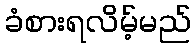
ခံစားရလိမ့်မည်